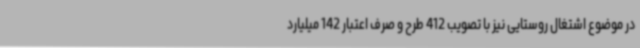
در موضوع اشتغال روستایی نیز با تصویب 412 طرح و صرف اعتبار 142 میلیارد